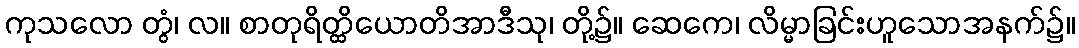
ကုသလော တွံ၊ လ။ စာတုရိတ္ထိယောတိအာဒီသု၊ တို့၌။ ဆေကေ၊ လိမ္မာခြင်းဟူသောအနက်၌။